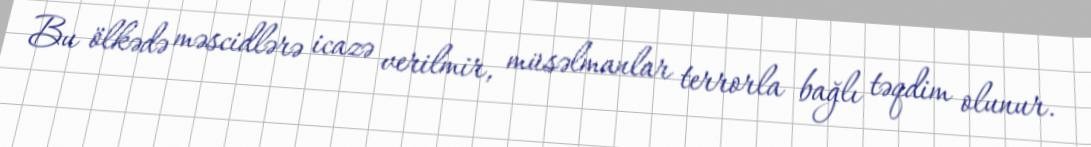
Bu ölkədə məscidlərə icazə verilmir, müsəlmanlar terrorla bağlı təqdim olunur.